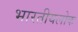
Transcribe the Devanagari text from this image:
भारतीयलोक